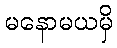
မနောမယမှိ